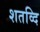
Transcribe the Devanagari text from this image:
शतव्दि